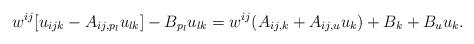
LaTeX: \begin{align*} w^{ij}[u_{ijk}-A_{ij,p_l}u_{lk}] - B_{p_l}u_{lk} = w^{ij}(A_{ij,k}+A_{ij,u}u_k)+B_k+B_uu_k. \end{align*}